Punjab Mental Hospital Lahore 1932-46 - 1932-1946
Year: 1932
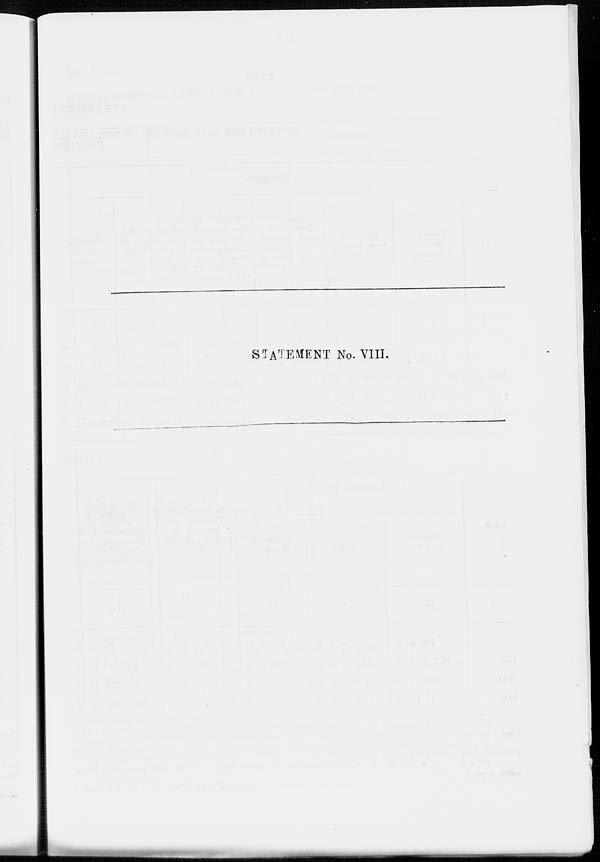
STATEMENT No. VIII.